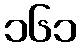
၁၆၁